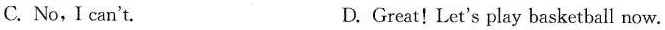
C. No,I can't. D. Great! Let's play basketball now.